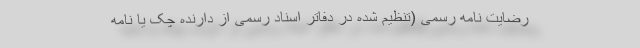
رضایت نامه رسمی (تنظیم شده در دفاتر اسناد رسمی از دارنده چک یا نامه